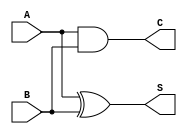
module current_mode_half_adder (
    input wire A,  // Current input A
    input wire B,  // Current input B
    output wire S, // Current output Sum
    output wire C  // Current output Carry
);

// Internal signals for the XOR and AND operations
wire A_and_B; // Intermediate signal for AND operation
wire A_xor_B; // Intermediate signal for XOR operation

// Logic for Carry (C = A AND B)
assign C = A & B;

// Logic for Sum (S = A XOR B)
assign S = A ^ B;

endmodule